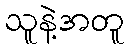
သူနဲ့အတူ